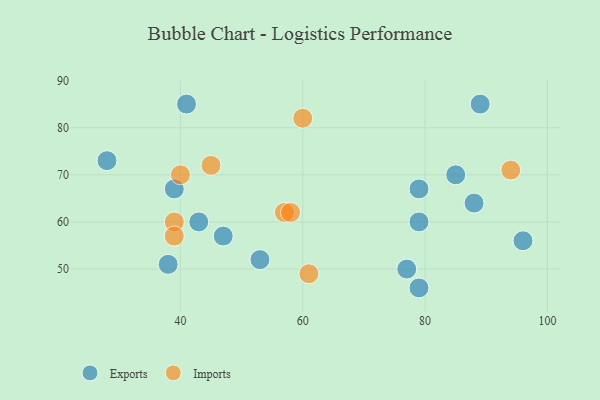
{"axis": {"x": "GDP", "y": "Life Expectancy"}, "legend": ["Exports", "Imports"], "data": [{"x": "88", "y": 64, "type": "Exports"}, {"x": "39", "y": 67, "type": "Exports"}, {"x": "79", "y": 46, "type": "Exports"}, {"x": "79", "y": 67, "type": "Exports"}, {"x": "77", "y": 50, "type": "Exports"}, {"x": "38", "y": 51, "type": "Exports"}, {"x": "53", "y": 52, "type": "Exports"}, {"x": "79", "y": 60, "type": "Exports"}, {"x": "85", "y": 70, "type": "Exports"}, {"x": "28", "y": 73, "type": "Exports"}, {"x": "89", "y": 85, "type": "Exports"}, {"x": "43", "y": 60, "type": "Exports"}, {"x": "96", "y": 56, "type": "Exports"}, {"x": "41", "y": 85, "type": "Exports"}, {"x": "47", "y": 57, "type": "Exports"}, {"x": "45", "y": 72, "type": "Imports"}, {"x": "39", "y": 60, "type": "Imports"}, {"x": "39", "y": 57, "type": "Imports"}, {"x": "57", "y": 62, "type": "Imports"}, {"x": "60", "y": 82, "type": "Imports"}, {"x": "40", "y": 70, "type": "Imports"}, {"x": "94", "y": 71, "type": "Imports"}, {"x": "58", "y": 62, "type": "Imports"}, {"x": "61", "y": 49, "type": "Imports"}]}